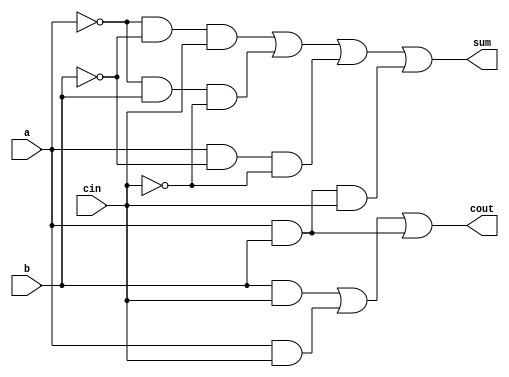
module full_adder1(a,b,cin,sum,cout);
input a,b,cin;
output sum,cout;
assign sum=(~a&~b&cin)|(~a&b&~cin)|(a&~b&~cin)|(a&b&cin);
assign cout=(b&cin)|(a&cin)|(a&b);
endmodule